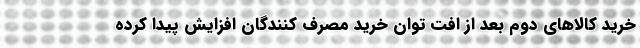
خرید کالاهای دوم بعد از افت توان خرید مصرف کنندگان افزایش پیدا کرده